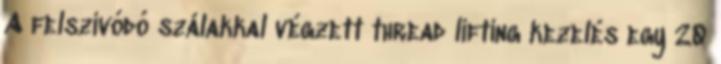
A felszívódó szálakkal végzett thread lifting kezelés egy 20